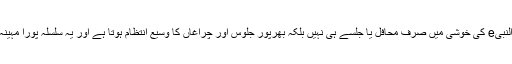
خاص کر میلاد النبیe کی خوشی میں صرف محافل یا جلسے ہی نہیں بلکہ بھرپور جلوس اور چراغاں کا وسیع انتظام ہوتا ہے اور یہ سلسلہ پورا مہینہ جاری رہتا ہے۔